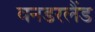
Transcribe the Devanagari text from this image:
वनडरलैंड